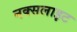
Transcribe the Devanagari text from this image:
नक्सलाइट